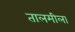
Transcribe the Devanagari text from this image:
तालमीला